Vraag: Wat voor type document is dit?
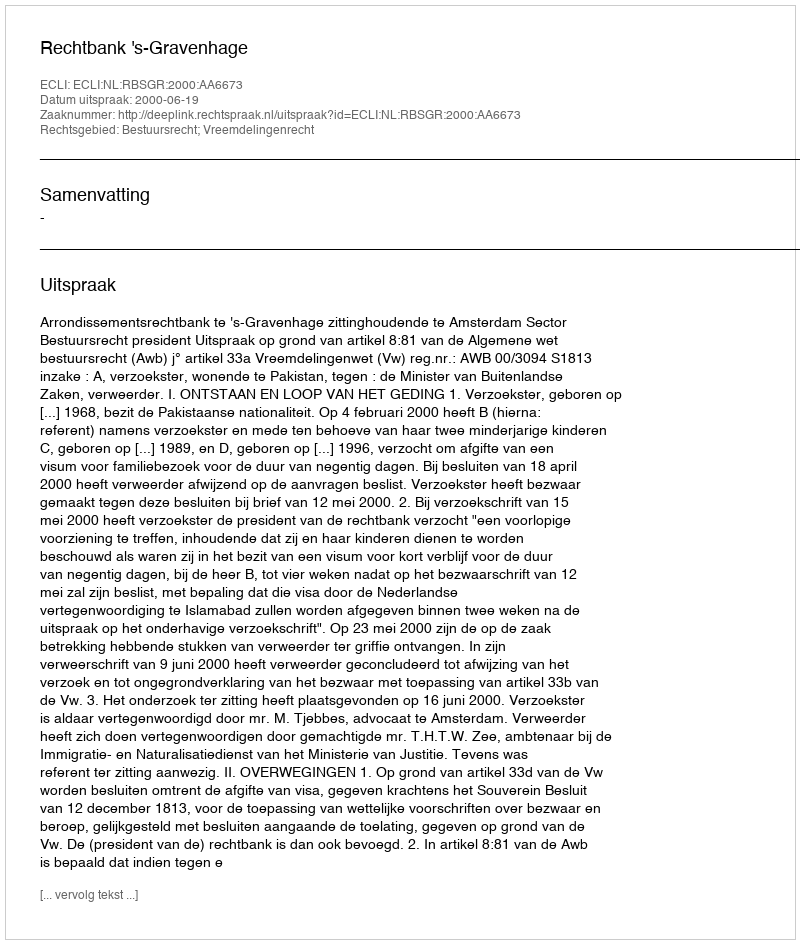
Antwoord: Uitspraak